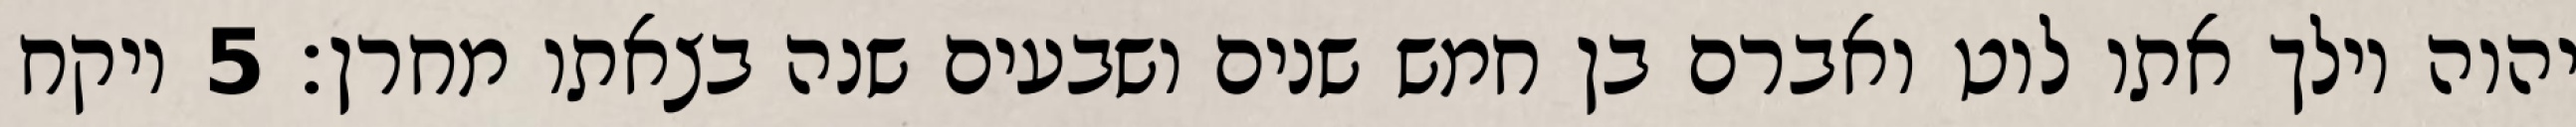
יהוה וילך אתו לוט ואברם בן חמש שנים ושבעים שנה בצאתו מחרן׃ ‎5‏ ויקח